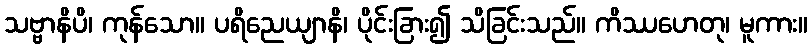
သဗ္ဗာနိပိ၊ ကုန်သော။ ပရိညေယျာနိ၊ ပိုင်းခြား၍ သိခြင်းသည်။ ကိဿဟေတု၊ မူကား။